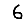
Digit: 6